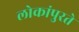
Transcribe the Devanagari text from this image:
लोकांपुरते